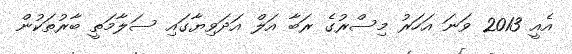
އެއީ 2013 ވަނަ އަހަރު މިސްރުގެ ރަބާ އަލް އަދަވިޔާގައި ސަލާމަތީ ބާރުތަކުން